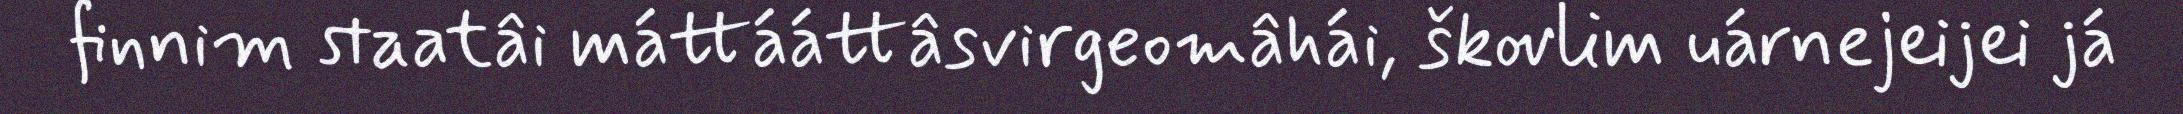
finnim staatâi máttááttâsvirgeomâhái, škovlim uárnejeijei já